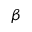
\beta